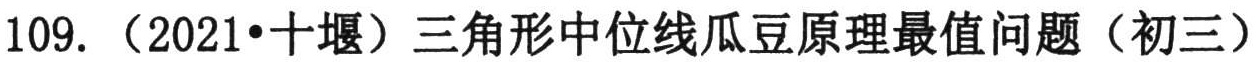
109. （2021•十堰）三角形中位线瓜豆原理最值问题（初三）